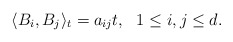
\begin{align*}\langle B_i, B_j\rangle_t = a_{ij}t,\ \ 1 \le i, j \le d.\end{align*}